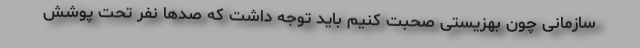
سازمانی چون بهزیستی صحبت کنیم باید توجه داشت که صدها نفر تحت پوشش